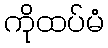
ကိုထပ်မံ